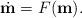
LaTeX: \begin{align*}\dot{\mathbf{m}}=F(\mathbf{m}).\end{align*}